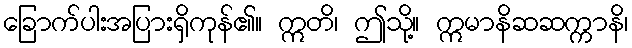
ခြောက်ပါးအပြားရှိကုန်၏။ ဣတိ၊ ဤသို့။ ဣမာနိဆဆက္ကာနိ၊